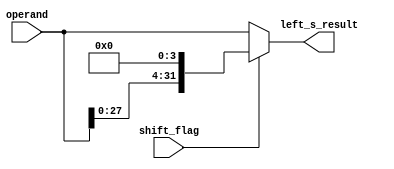
module left_shift_4 (shift_flag,left_s_result,operand);
	input[31:0] operand;
	input shift_flag;
	output[31:0] left_s_result;

	wire[31:0] shifted;
	assign shifted[31:4] = operand[27:0];
	assign shifted[3:0] = 4'b0;

	assign left_s_result = shift_flag ? shifted:operand;	


endmodule